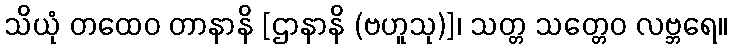
သိယုံ တထေဝ တာနာနိ [ဌာနာနိ (ဗဟူသု)]၊ သတ္တ သတ္တေဝ လဗ္ဘရေ။